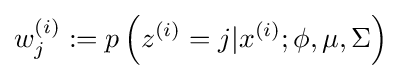
w_{j}^{(i)}:=p\left(z^{(i)}=j|x^{(i)};\phi ,\mu ,\Sigma \right)